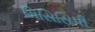
મિસિસિપી